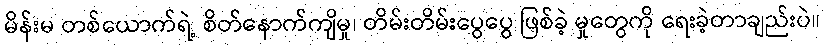
မိန်းမ တစ်ယောက်ရဲ့ စိတ်နောက်ကျိမှု၊ တိမ်းတိမ်းပွေပွေ ဖြစ်ခဲ့ မှုတွေကို ရေးခဲ့တာချည်းပဲ။